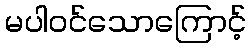
မပါဝင်သောကြောင့်